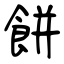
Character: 餅